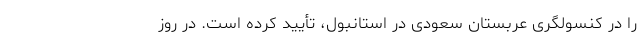
را در کنسولگری عربستان سعودی در استانبول، تأیید کرده است. در روز